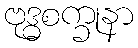
ဗုဒ္ဓစက္ခုနာ